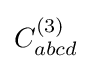
C_{abcd}^{(3)}